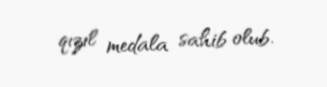
qızıl medala sahib olub.